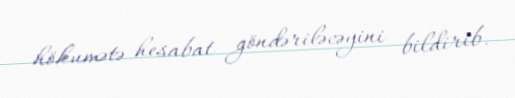
hökumətə hesabat göndəriləcəyini bildirib.